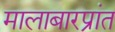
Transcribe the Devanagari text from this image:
मालाबारप्रांत